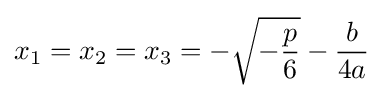
x_{1}=x_{2}=x_{3}=-{\sqrt {-{\frac {p}{6}}}}-{\frac {b}{4a}}